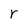
Character: r